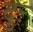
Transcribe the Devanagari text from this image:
दुः